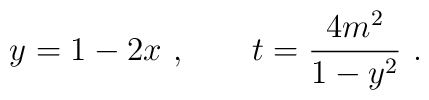
y = 1-2x \, \, , \qquad t = \frac{4m^{2}}{1-y^{2}} \, \, .